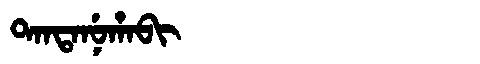
Manchu: ᡨᠠᠨᡨᠠᠨᡠᡥᠠᠪᡳ
Romanization: TANTANUHABI